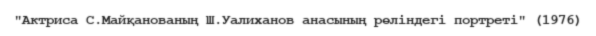
"Актриса С.Майқанованың Ш.Уалиханов анасының рөліндегі портреті" (1976)